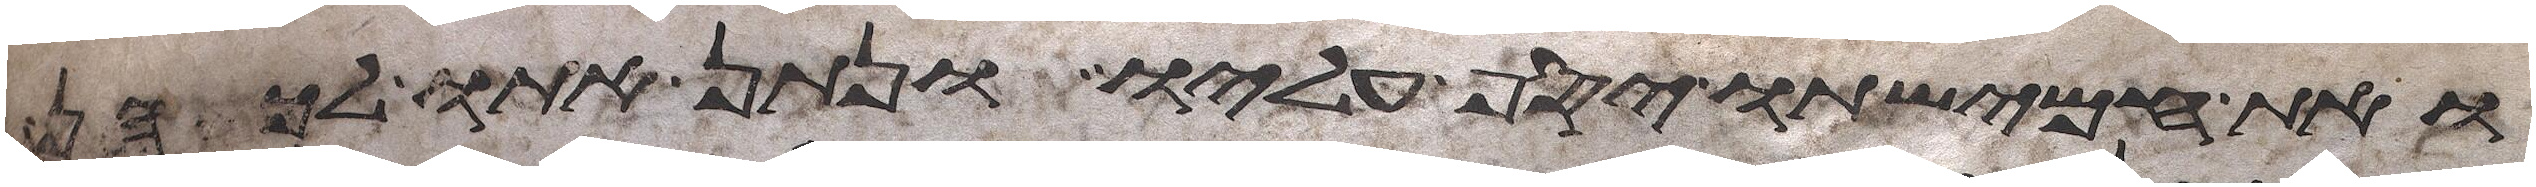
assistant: ואת חמישתו יסף עליו ונתן אתו לכהן